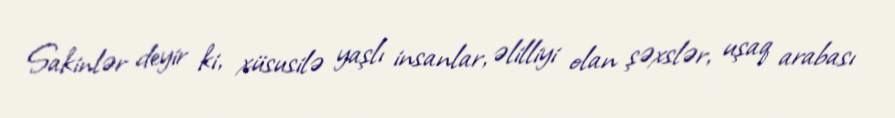
Sakinlər deyir ki, xüsusilə yaşlı insanlar, əlilliyi olan şəxslər, uşaq arabası